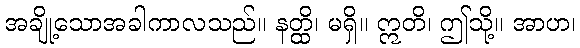
အချို့သောအခါကာလသည်။ နတ္ထိ၊ မရှိ။ ဣတိ၊ ဤသို့။ အာဟ၊